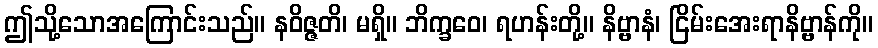
ဤသို့သောအကြောင်းသည်။ နဝိဇ္ဇတိ၊ မရှိ။ ဘိက္ခဝေ၊ ရဟန်းတို့။ နိဗ္ဗာနံ၊ ငြိမ်းအေးရာနိဗ္ဗာန်ကို။